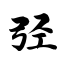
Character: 弪